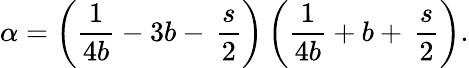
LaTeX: \alpha=\left({\frac{1}{4b}}-3b-\, \frac{s}{2}\right)\left({\frac{1}{4b}}+b+\, \frac{s}{2}\right).